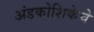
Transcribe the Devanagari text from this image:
अंडकोशिकेचे